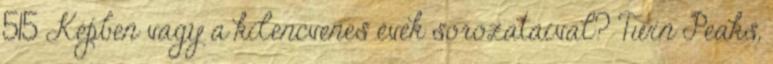
515 Képben vagy a kilencvenes évek sorozataival? Twin Peaks,